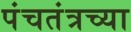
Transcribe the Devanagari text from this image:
पंचतंत्रच्या